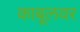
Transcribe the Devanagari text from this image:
काबूलवर